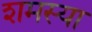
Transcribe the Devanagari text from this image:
शमस्या